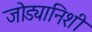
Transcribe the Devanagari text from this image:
जोड्यानिशी